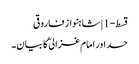
قسط-1 | شاہنواز فاروقی
حسد اور امام غزالیؒ کا بیان۔